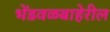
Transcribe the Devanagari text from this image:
भेंडवळबाहेरील